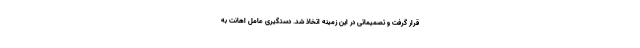
قرار گرفت و تصمیماتی در این زمینه اتخاذ شد. دستگیری عامل اهانت به